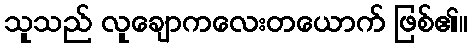
သူသည် လူချောကလေးတယောက် ဖြစ်၏။